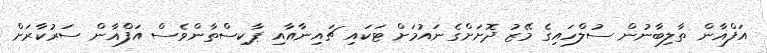
އަފްޣާން ތާލިބާނުން ސުލްހައިގެ މޭޒު ދޮށަށްގެނައުމަށް ޓަކައި ޗައިނާއާއި ޕާކިސްތާންވެސް އަފްޣާން ސަރުކާރަށް